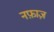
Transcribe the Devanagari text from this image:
नफ़ाज़